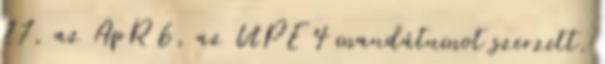
27, az ApR 6, az UPE 4 mandátumot szerzett.